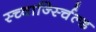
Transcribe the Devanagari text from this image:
स्च्वार्ज्स्चिल्ड